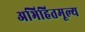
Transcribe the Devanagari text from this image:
अभिहितमूल्य